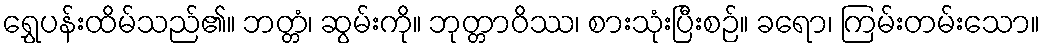
ရွှေပန်းထိမ်သည်၏။ ဘတ္တံ၊ ဆွမ်းကို။ ဘုတ္တာဝိဿ၊ စားသုံးပြီးစဉ်။ ခရော၊ ကြမ်းတမ်းသော။